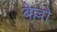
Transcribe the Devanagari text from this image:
बेल्लो